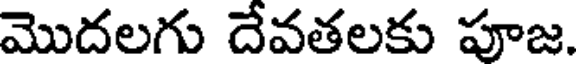
మొదలగు దేవతలకు పూజ.